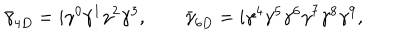
\bar { \gamma } _ { 4 D } = i \gamma ^ { 0 } \gamma ^ { 1 } \gamma ^ { 2 } \gamma ^ { 3 } , \qquad \bar { \gamma } _ { 6 D } = i \gamma ^ { 4 } \gamma ^ { 5 } \gamma ^ { 6 } \gamma ^ { 7 } \gamma ^ { 8 } \gamma ^ { 9 } ,